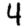
Digit: 4